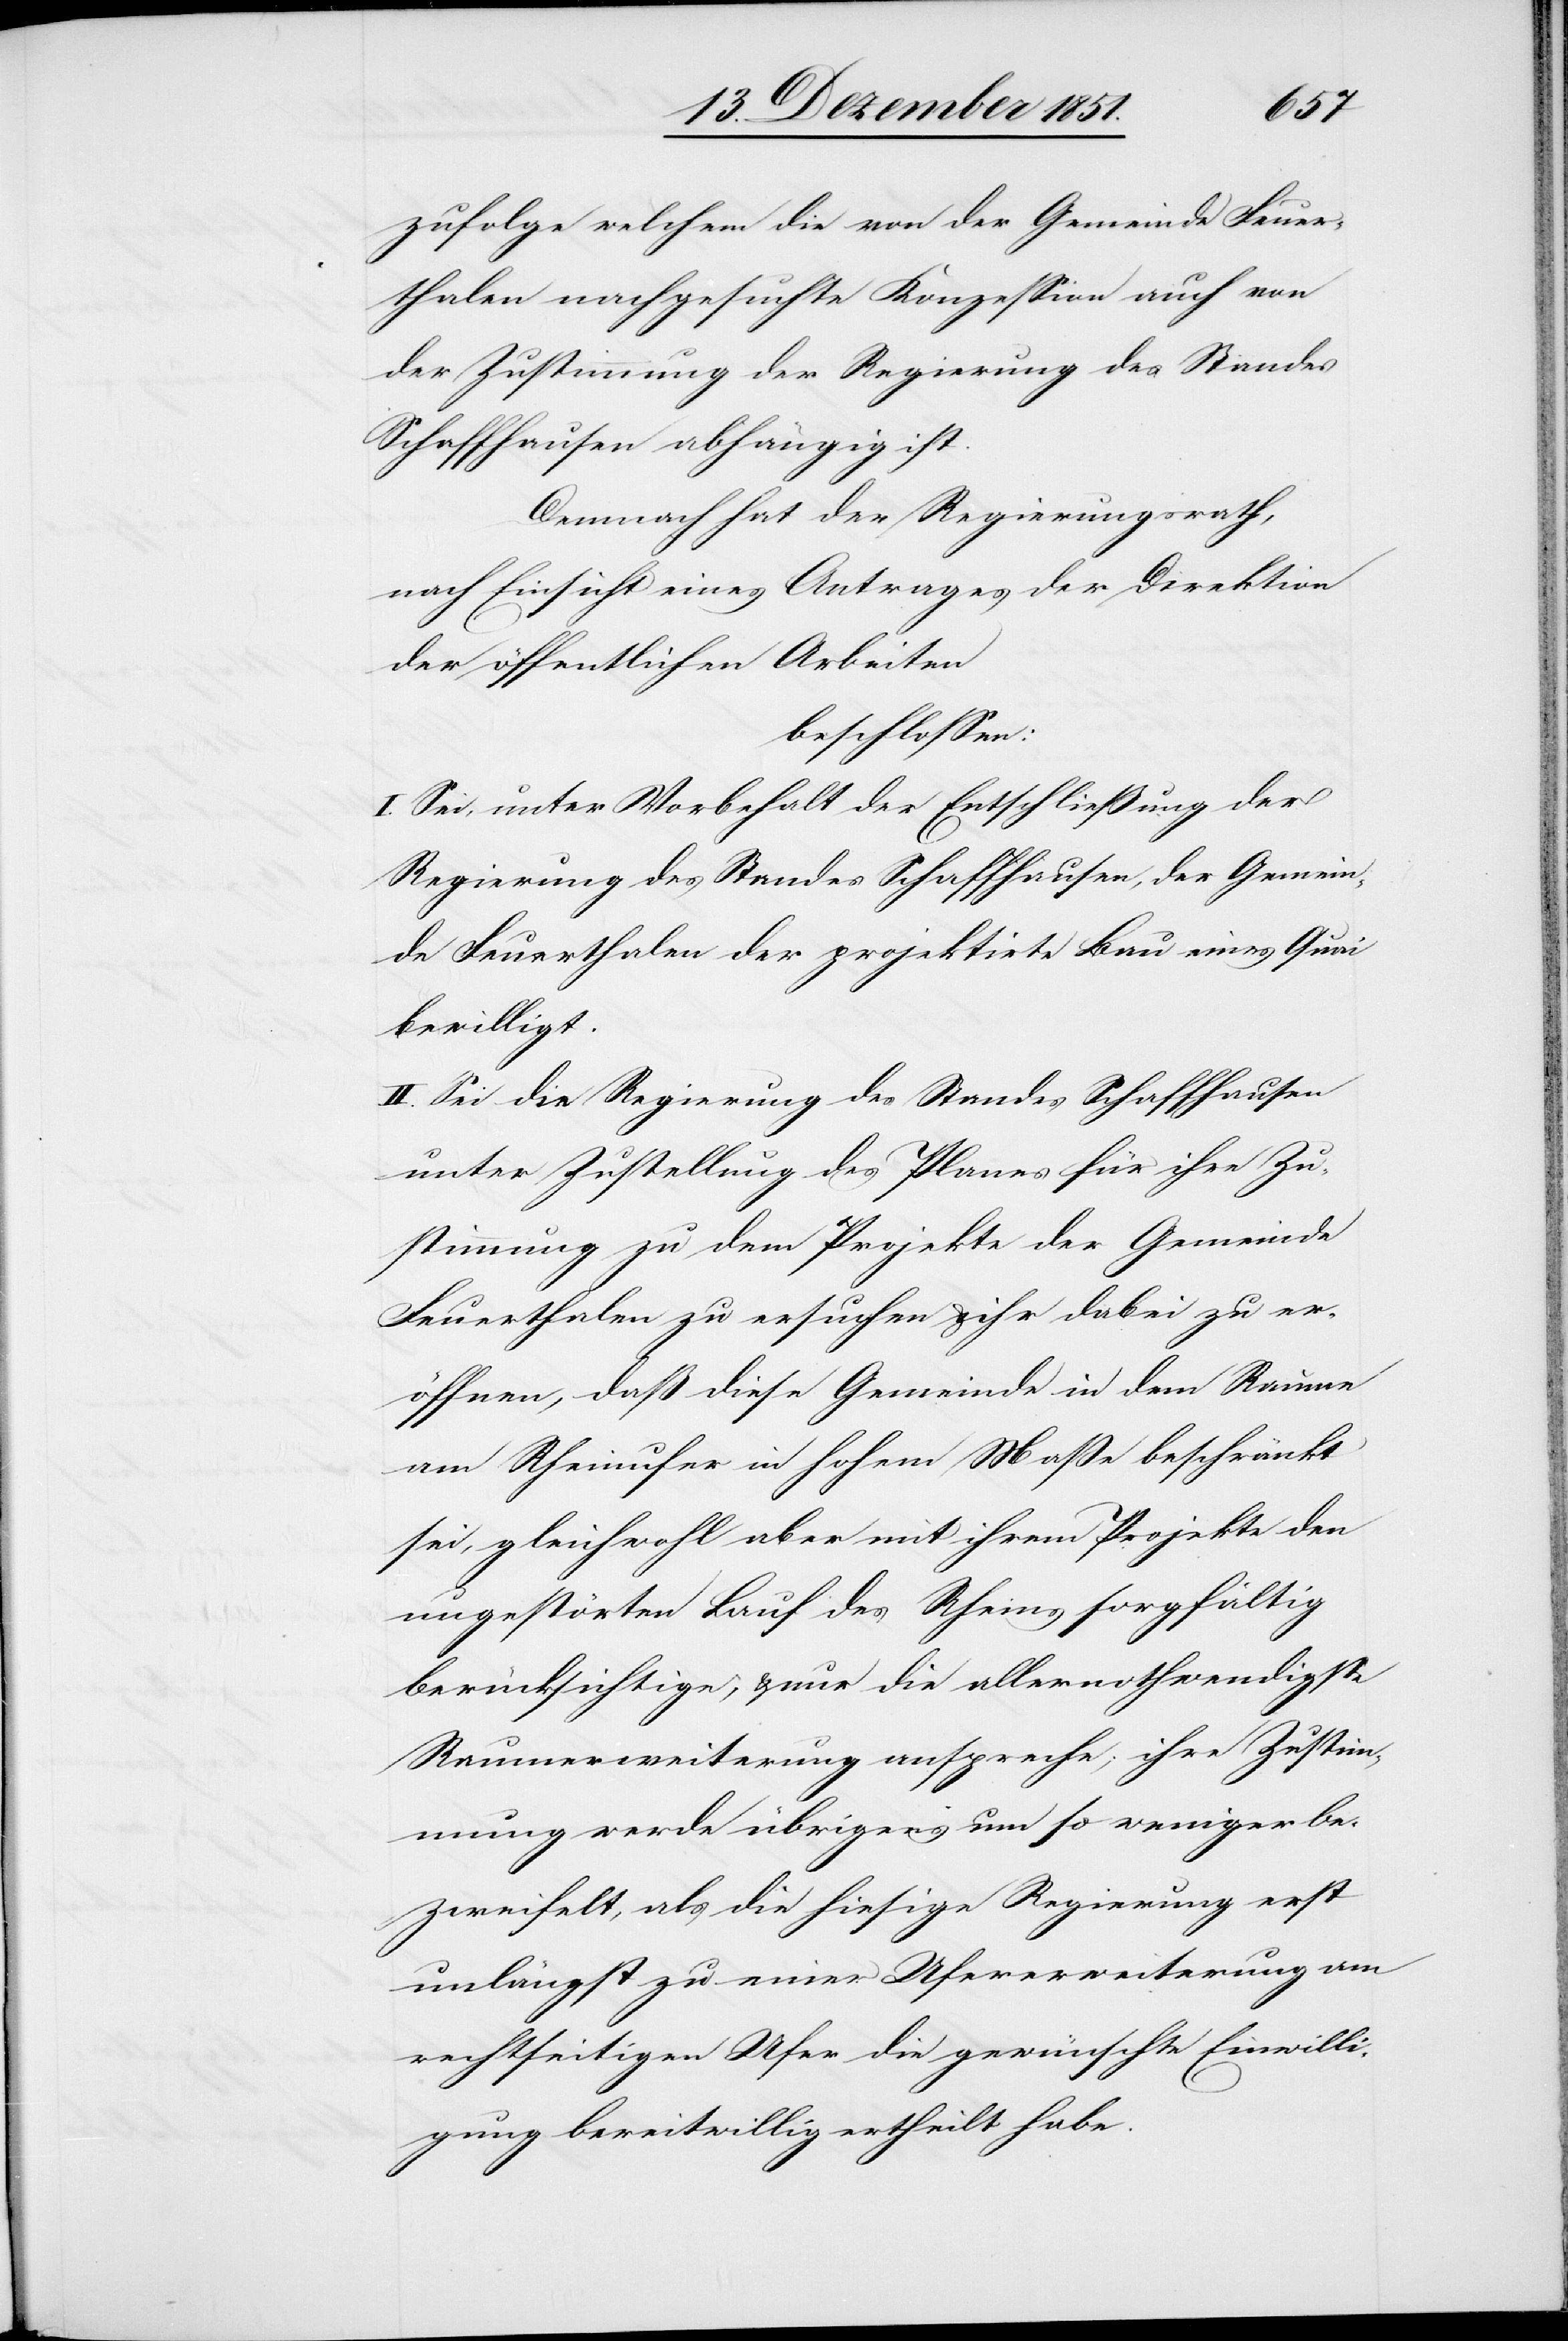
zufolge welchem die von der Gemeinde Feue¬
rthalen nachgesuchte Konzession auch von
der Zustimmung der Regierung des Standes
Schaffhausen abhängig ist.
Demnach hat der Regierungsrath,
nach Einsicht eines Antrages der Direktion
der öffentlichen Arbeiten
beschlossen:
I. Sei, unter Vorbehalt der Entschließung der
Regierung des Standes Schaffhausen, der Gemein¬
de Feuerthalen der projektirte Bau eines Quai
bewilligt.
II. Sei die Regierung des Standes Schaffhausen
unter Zustellung des Planes für ihre Zu¬
stimmung zu dem Projekte der Gemeinde
Feuerthalen zu ersuchen & ihr dabei zu er¬
öffnen, daß diese Gemeinde in dem Raume
am Rheinufer in hohem Maße beschränkt
sei, gleichwohl aber mit ihrem Projekte den
ungestörten Lauf des Rheins sorgfältig
berücksichtige, & nur die allernothwendigste
Raumerweiterung anspreche; ihre Zustim¬
mung werde übrigens um so weniger be¬
zweifelt, als die hiesige Regierung erst
unlängst zu einer Ufererweiterung am
rechtseitigen Ufer die gewünschte Einwilli¬
gung bereitwillig ertheilt habe.